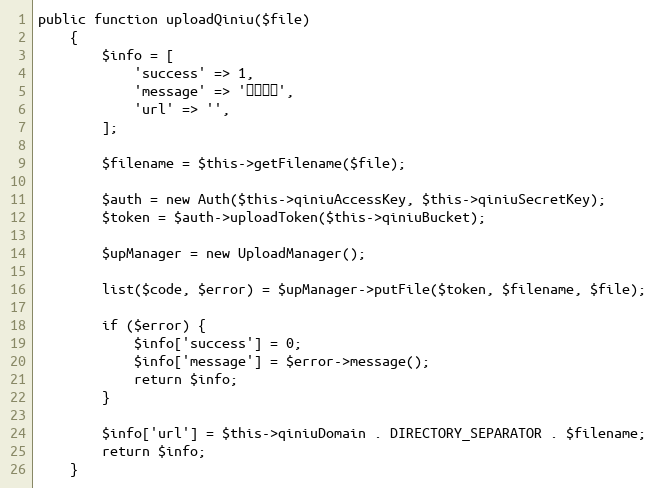
Language: PHP
public function uploadQiniu($file)
    {
        $info = [
            'success' => 1,
            'message' => '上传成功',
            'url' => '',
        ];

        $filename = $this->getFilename($file);

        $auth = new Auth($this->qiniuAccessKey, $this->qiniuSecretKey);
        $token = $auth->uploadToken($this->qiniuBucket);

        $upManager = new UploadManager();

        list($code, $error) = $upManager->putFile($token, $filename, $file);

        if ($error) {
            $info['success'] = 0;
            $info['message'] = $error->message();
            return $info;
        }

        $info['url'] = $this->qiniuDomain . DIRECTORY_SEPARATOR . $filename;
        return $info;
    }